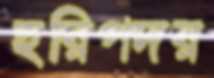
হরিপদর